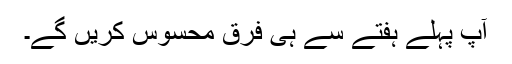
آپ پہلے ہفتے سے ہی فرق محسوس کریں گے۔